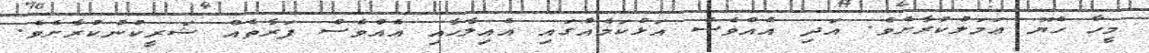
މީހާ ހެޔޮ ޢަމަލުކުރާށެވެ. އަދި އެއްވެސް އަޅުކަމެއްގައި އެއިލާހާއި އެއްވެސް ފަރާތެއް ޝަރީކުނުކުރާށެވެ.